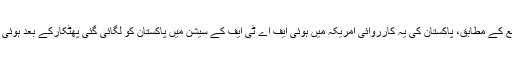
ذرائع کے مطابق، پاکستان کی یہ کارروائی امریکہ میں ہوئی ایف اے ٹی ایف کے سیشن میں پاکستان کو لگائی گئی پھٹکار‌کے بعد ہوئی ہے۔